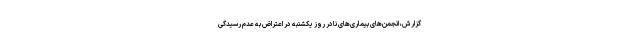
گزارش، انجمن‌های بیماری‌های نادر روز یکشنبه در اعتراض به عدم رسیدگی